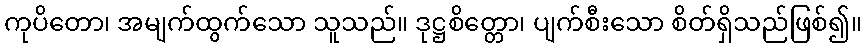
ကုပိတော၊ အမျက်ထွက်သော သူသည်။ ဒုဋ္ဌစိတ္တော၊ ပျက်စီးသော စိတ်ရှိသည်ဖြစ်၍။